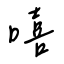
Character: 嘻